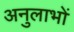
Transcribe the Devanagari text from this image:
अनुलाभों